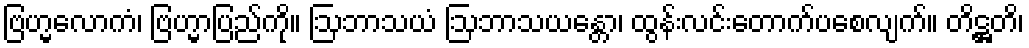
ဗြဟ္မလောကံ၊ ဗြဟ္မာပြည်ကို။ ဩဘာသယံ ဩဘာသယန္တော၊ ထွန်းလင်းတောက်ပစေလျက်။ တိဋ္ဌတိ၊